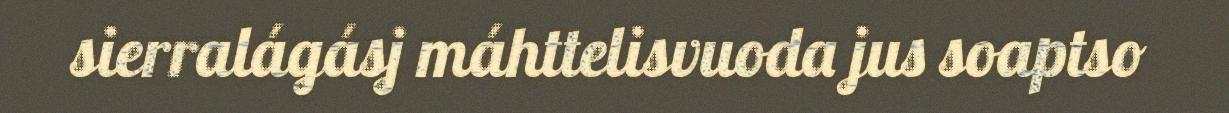
sierralágásj máhttelisvuoda jus soaptso